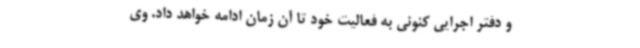
و دفتر اجرایی کنونی به فعالیت خود تا آن زمان ادامه خواهد داد. وی